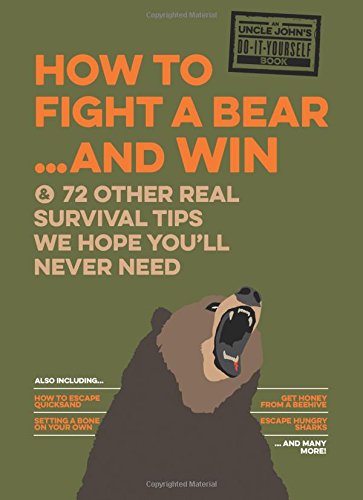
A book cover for Uncle John's How to Fight A Bear and Win: And 50 Other Survival Tips You'll Hopefully Never Need (Uncle John's Bathroom Reader); Bathroom Readers' Institute; Humor & Entertainment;